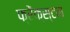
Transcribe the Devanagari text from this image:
फ्रेंक्स्टन